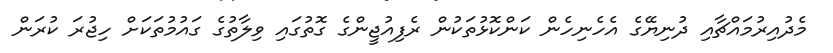
މެދުއިރުމައްޗާއި ދުނިޔޭގެ އެހެނިހެން ކަންކޮޅުތަކުން ރެފިއުޖީންގެ ގޮތުގައި ވިލާތުގެ ގައުމުތަކަށް ހިޖުރަ ކުރަން